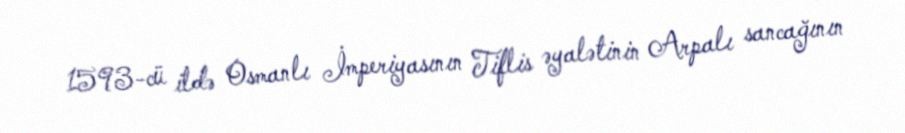
1593-cü ildə Osmanlı İmperiyasının Tiflis əyalətinin Arpalı sancağının